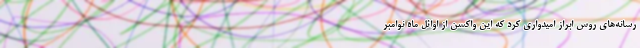
رسانه‌های روس ابراز امیدواری کرد که این واکسن از اوائل ماه نوامبر